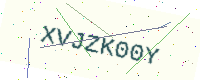
Text: XVJZK00Y